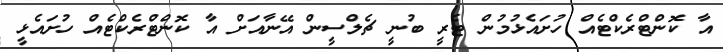
އާ ކޮންޓްރެކްޓެއް ހުށައެޅުމުން ޓެރީ ބުނީ ޗެލްސީން އޭނާއަށް އާ ކޮންޓްރެކްޓެއް ހުށައެޅީ